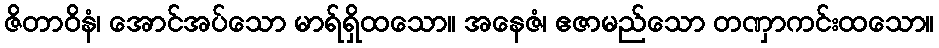
ဇိတာဝိနံ၊ အောင်အပ်သော မာရ်ရှိထသော။ အနေဇံ၊ ဧဇာမည်သော တဏှာကင်းထသော။